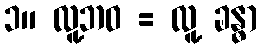
၁။ လူ့ဘဝ = လူ့ ခန္ဓာ